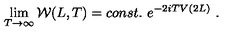
\lim _ { T \to \infty } { \cal W } ( L , T ) = c o n s t . \ e ^ { - 2 i T V ( 2 L ) } \ .